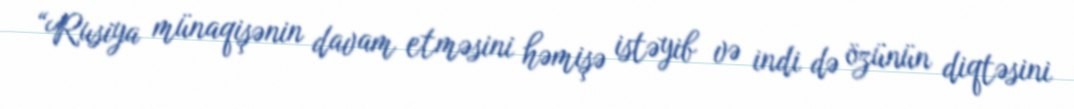
“Rusiya münaqişənin davam etməsini həmişə istəyib və indi də özünün diqtəsini